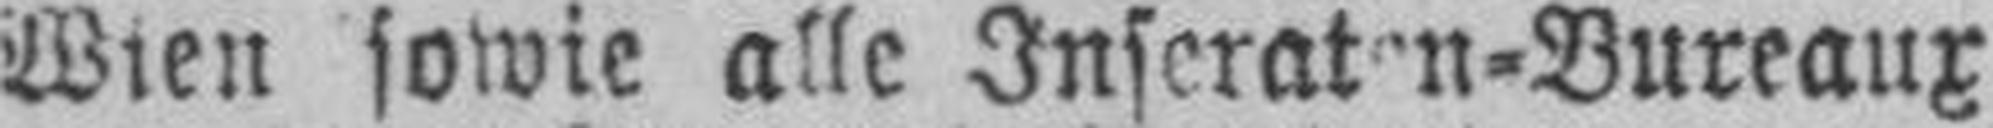
Wien sowie alle Inseraten-Bureaux